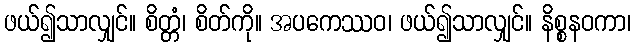
ဖယ်၍သာလျှင်။ စိတ္တံ၊ စိတ်ကို။ အပကေဿဝ၊ ဖယ်၍သာလျှင်။ နိစ္စနဝကာ၊